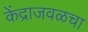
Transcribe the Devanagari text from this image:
केंद्राजवळचा